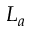
L _ { a }